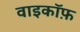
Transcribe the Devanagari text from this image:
वाइकॉफ़